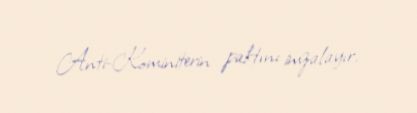
Anti-Kominiterin paktını imzalayır.